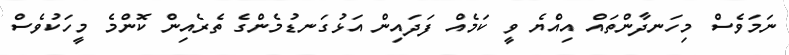
ނަމަވެސް މިހަނދާންތައް އިއްޔެ ވީ ކަމެއް ފަދައިން އަޅުގަނޑުމެންގެ ތެރެއިން ކޮންމެ މީހަކުވެސް